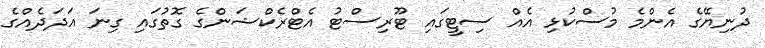
ދުނިޔޭގެ އެންމެ މުސްކުޅި އެއް ސިޓީގައި ޓޫރިސްޓު އެޓްރެކްޝަންގެ ގޮތުގައި ގިނަ އަދަދެއްގެ